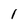
Character: I